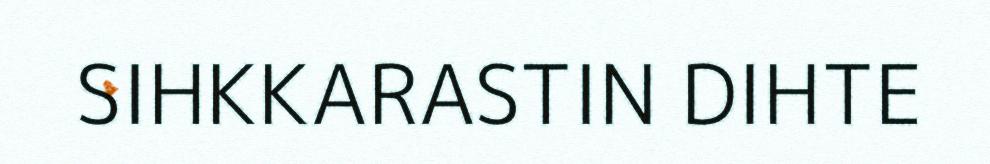
SIHKKARASTIN DIHTE